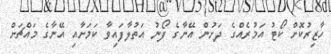
ހާޒިރުކޮށް ކޯޓު އަމުރެއްގެ ދަށުން އޭނާގެ ފޯނު އަތުލާފައިވާ ކަމަށާއި އޭނާގެ މައްޗަށް